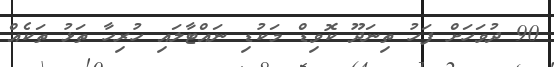
90 ދުވަހަށް ފަހު ތިނަދޫ ކޮވިޑް މަކުޑި ނައްޓާލައި ހުރިހާ ތަޅު ތަކެއް